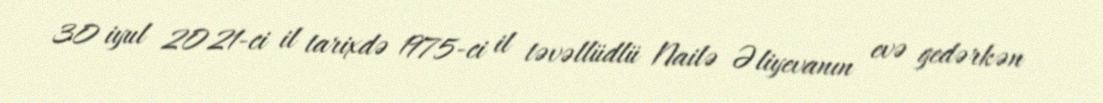
30 iyul 2021-ci il tarixdə 1975-ci il təvəllüdlü Nailə Əliyevanın evə gedərkən